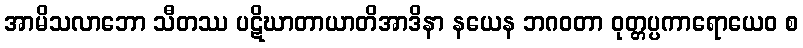
အာမိသလာဘော သီတဿ ပဋိဃာတာယာတိအာဒိနာ နယေန ဘဂဝတာ ဝုတ္တပ္ပကာရောယေဝ စ